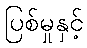
ပြစ်မှုနှင့်